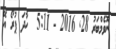
ނޮވެމްބަރު 28